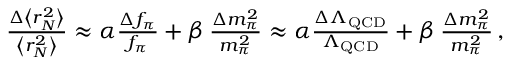
\begin{array} { r } { \! \! \! \! \! \frac { \Delta \left< r _ { N } ^ { 2 } \right> } { \left< r _ { N } ^ { 2 } \right> } \approx \alpha \frac { \Delta f _ { \pi } } { f _ { \pi } } + \beta \, \frac { \Delta m _ { \pi } ^ { 2 } } { m _ { \pi } ^ { 2 } } \approx \alpha \frac { \Delta \Lambda _ { \mathrm { Q C D } } } { \Lambda _ { \mathrm { Q C D } } } + \beta \, \frac { \Delta m _ { \pi } ^ { 2 } } { m _ { \pi } ^ { 2 } } \, , } \end{array}